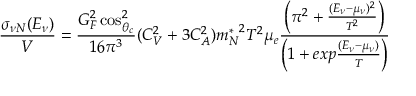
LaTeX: \frac { \sigma _ { \nu N } ( E _ { \nu } ) } { V } = \frac { G _ { F } ^ { 2 } \cos _ { \theta _ { c } } ^ { 2 } } { 1 6 \pi ^ { 3 } } ( C _ { V } ^ { 2 } + 3 C _ { A } ^ { 2 } ) { m _ { N } ^ { * } } ^ { 2 } T ^ { 2 } \mu _ { e } \frac { \left( \pi ^ { 2 } + \frac { ( E _ { \nu } - \mu _ { \nu } ) ^ { 2 } } { T ^ { 2 } } \right) } { \left( 1 + e x p \frac { ( E _ { \nu } - \mu _ { \nu } ) } { T } \right) }